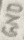
Text: GND